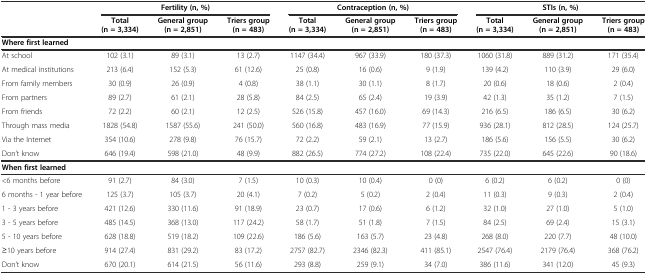
<table><thead><tr><td></td><td colspan="3"><b>Fertility (n, %)</b></td><td colspan="3"><b>Contraception (n, %)</b></td><td colspan="3"><b>STIs (n, %)</b></td></tr><tr><td></td><td><b>Total (n = 3,334)</b></td><td><b>General group (n = 2,851)</b></td><td><b>Triers group (n = 483)</b></td><td><b>Total (n = 3,334)</b></td><td><b>General group (n = 2,851)</b></td><td><b>Triers group (n = 483)</b></td><td><b>Total (n = 3,334)</b></td><td><b>General group (n = 2,851)</b></td><td><b>Triers group (n = 483)</b></td></tr></thead><tbody><tr><td><b>Where first learned</b></td><td></td><td></td><td></td><td></td><td></td><td></td><td></td><td></td><td></td></tr><tr><td>At school</td><td>102 (3.1)</td><td>89 (3.1)</td><td>13 (2.7)</td><td>1147 (34.4)</td><td>967 (33.9)</td><td>180 (37.3)</td><td>1060 (31.8)</td><td>889 (31.2)</td><td>171 (35.4)</td></tr><tr><td>At medical institutions</td><td>213 (6.4)</td><td>152 (5.3)</td><td>61 (12.6)</td><td>25 (0.8)</td><td>16 (0.6)</td><td>9 (1.9)</td><td>139 (4.2)</td><td>110 (3.9)</td><td>29 (6.0)</td></tr><tr><td>From family members</td><td>30 (0.9)</td><td>26 (0.9)</td><td>4 (0.8)</td><td>38 (1.1)</td><td>30 (1.1)</td><td>8 (1.7)</td><td>20 (0.6)</td><td>18 (0.6)</td><td>2 (0.4)</td></tr><tr><td>From partners</td><td>89 (2.7)</td><td>61 (2.1)</td><td>28 (5.8)</td><td>84 (2.5)</td><td>65 (2.4)</td><td>19 (3.9)</td><td>42 (1.3)</td><td>35 (1.2)</td><td>7 (1.5)</td></tr><tr><td>From friends</td><td>72 (2.2)</td><td>60 (2.1)</td><td>12 (2.5)</td><td>526 (15.8)</td><td>457 (16.0)</td><td>69 (14.3)</td><td>216 (6.5)</td><td>186 (6.5)</td><td>30 (6.2)</td></tr><tr><td>Through mass media</td><td>1828 (54.8)</td><td>1587 (55.6)</td><td>241 (50.0)</td><td>560 (16.8)</td><td>483 (16.9)</td><td>77 (15.9)</td><td>936 (28.1)</td><td>812 (28.5)</td><td>124 (25.7)</td></tr><tr><td>Via the Internet</td><td>354 (10.6)</td><td>278 (9.8)</td><td>76 (15.7)</td><td>72 (2.2)</td><td>59 (2.1)</td><td>13 (2.7)</td><td>186 (5.6)</td><td>156 (5.5)</td><td>30 (6.2)</td></tr><tr><td>Don’t know</td><td>646 (19.4)</td><td>598 (21.0)</td><td>48 (9.9)</td><td>882 (26.5)</td><td>774 (27.2)</td><td>108 (22.4)</td><td>735 (22.0)</td><td>645 (22.6)</td><td>90 (18.6)</td></tr><tr><td><b>When first learned</b></td><td></td><td></td><td></td><td></td><td></td><td></td><td></td><td></td><td></td></tr><tr><td>&lt;6 months before</td><td>91 (2.7)</td><td>84 (3.0)</td><td>7 (1.5)</td><td>10 (0.3)</td><td>10 (0.4)</td><td>0 (0)</td><td>6 (0.2)</td><td>6 (0.2)</td><td>0 (0)</td></tr><tr><td>6 months - 1 year before</td><td>125 (3.7)</td><td>105 (3.7)</td><td>20 (4.1)</td><td>7 (0.2)</td><td>5 (0.2)</td><td>2 (0.4)</td><td>11 (0.3)</td><td>9 (0.3)</td><td>2 (0.4)</td></tr><tr><td>1 - 3 years before</td><td>421 (12.6)</td><td>330 (11.6)</td><td>91 (18.9)</td><td>23 (0.7)</td><td>17 (0.6)</td><td>6 (1.2)</td><td>32 (1.0)</td><td>27 (1.0)</td><td>5 (1.0)</td></tr><tr><td>3 - 5 years before</td><td>485 (14.5)</td><td>368 (13.0)</td><td>117 (24.2)</td><td>58 (1.7)</td><td>51 (1.8)</td><td>7 (1.5)</td><td>84 (2.5)</td><td>69 (2.4)</td><td>15 (3.1)</td></tr><tr><td>5 - 10 years before</td><td>628 (18.8)</td><td>519 (18.2)</td><td>109 (22.6)</td><td>186 (5.6)</td><td>163 (5.7)</td><td>23 (4.8)</td><td>268 (8.0)</td><td>220 (7.7)</td><td>48 (10.0)</td></tr><tr><td>≥10 years before</td><td>914 (27.4)</td><td>831 (29.2)</td><td>83 (17.2)</td><td>2757 (82.7)</td><td>2346 (82.3)</td><td>411 (85.1)</td><td>2547 (76.4)</td><td>2179 (76.4)</td><td>368 (76.2)</td></tr><tr><td>Don’t know</td><td>670 (20.1)</td><td>614 (21.5)</td><td>56 (11.6)</td><td>293 (8.8)</td><td>259 (9.1)</td><td>34 (7.0)</td><td>386 (11.6)</td><td>341 (12.0)</td><td>45 (9.3)</td></tr></tbody></table>